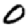
Digit: 0